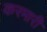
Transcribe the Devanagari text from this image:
करमारी